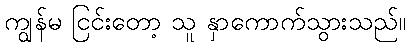
ကျွန်မ ငြင်းတော့ သူ နှာကောက်သွားသည်။